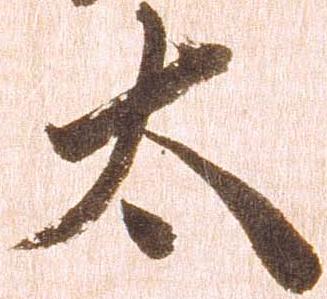
太